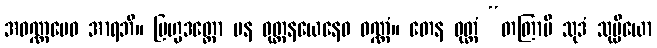
အဝဏ္ဏမေဝ အာရဘိ။ ဗြဟ္မဒတ္တော ပန ဝုတ္တနယေနေဝ ဝဏ္ဏံ။ တေန ဝုတ္တံ “တတြာပိ သုဒံ သုပ္ပိယော